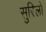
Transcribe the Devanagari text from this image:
सुरिलो